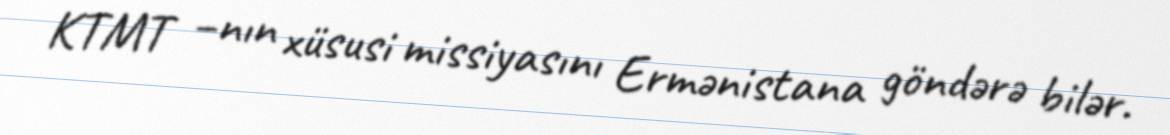
KTMT –nın xüsusi missiyasını Ermənistana göndərə bilər.